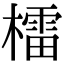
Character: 檑